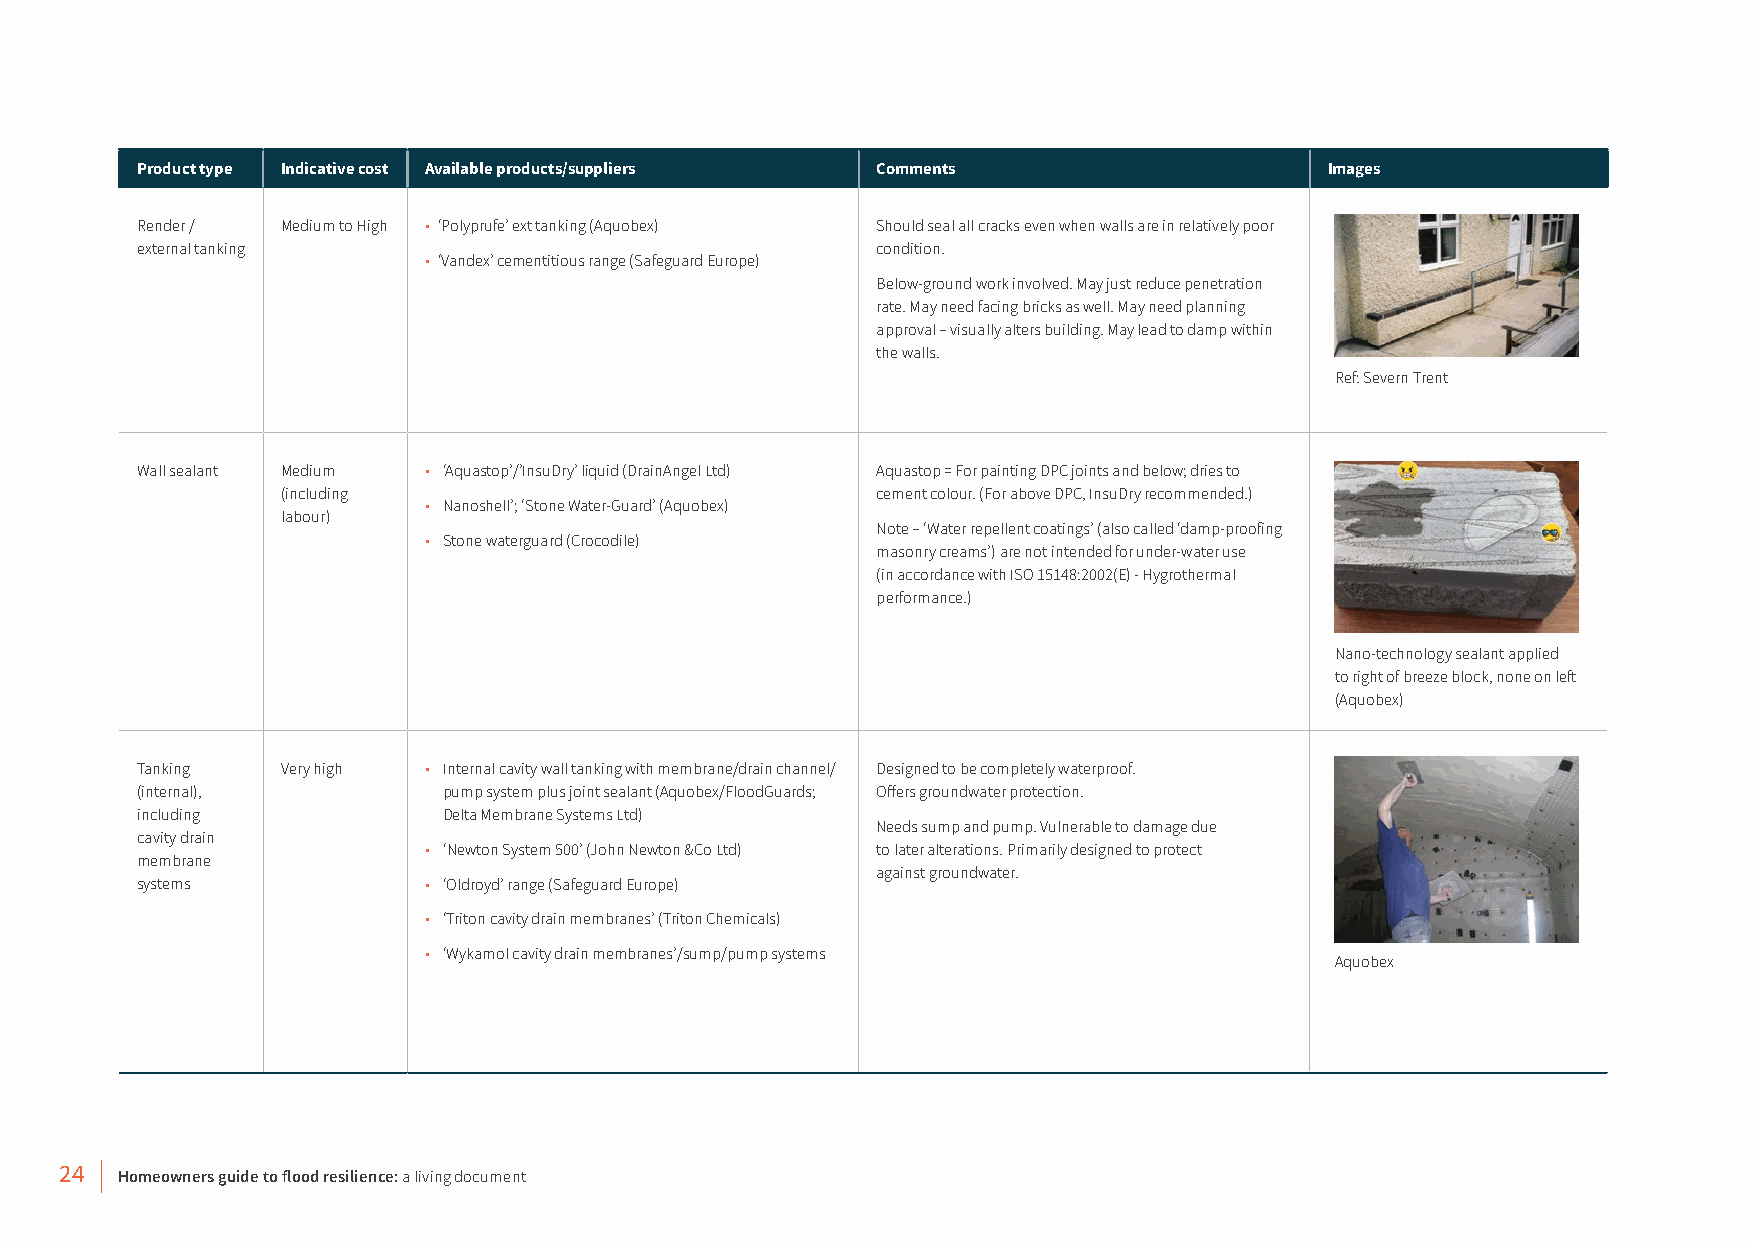
Product type Indicative cost Available products/suppliers Comments             Images
 Render /  Medium to High • ‘Polyprufe’ ext tanking (Aquobex) Should seal all cracks even when walls are in relatively poor
 external tanking                                 condition.
 • ‘Vandex’ cementitious range (Safeguard Europe)
 Below-ground work involved. May just reduce penetration
 rate. May need facing bricks as well. May need planning
 approval – visually alters building. May lead to damp within
 the walls.
 Ref: Severn Trent
 Wall sealant Medium • ‘Aquastop’/’InsuDry’ liquid (DrainAngel Ltd) Aquastop = For painting DPC joints and below; dries to
 (including                             cement colour. (For above DPC, InsuDry recommended.)
 • Nanoshell’; ‘Stone Water-Guard’ (Aquobex)
 labour)
 Note – ‘Water repellent coatings’ (also called ‘damp-proofing
 • Stone waterguard (Crocodile)
 masonry creams’) are not intended for under-water use
 (in accordance with ISO 15148:2002(E) - Hygrothermal
 performance.)
 Nano-technology sealant applied
 to right of breeze block, none on left
 (Aquobex)
 Tanking   Very high • Internal cavity wall tanking with membrane/drain channel/ Designed to be completely waterproof.
 (internal),         pump system plus joint sealant (Aquobex/FloodGuards; Offers groundwater protection.
 including           Delta Membrane Systems Ltd)
 Needs sump and pump. Vulnerable to damage due
 cavity drain
 • ‘Newton System 500’ (John Newton &Co Ltd) to later alterations. Primarily designed to protect
 membrane
 against groundwater.
 systems            • ‘Oldroyd’ range (Safeguard Europe)
 • ‘Triton cavity drain membranes’ (Triton Chemicals)
 • ‘Wykamol cavity drain membranes’/sump/pump systems
 Aquobex
 24  Homeowners guide to flood resilience: a living document